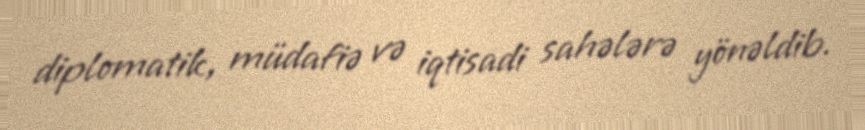
diplomatik, müdafiə və iqtisadi sahələrə yönəldib.